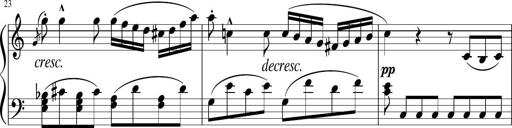
Title: 3 Sonatinen
Composer: Heinrich Lichner